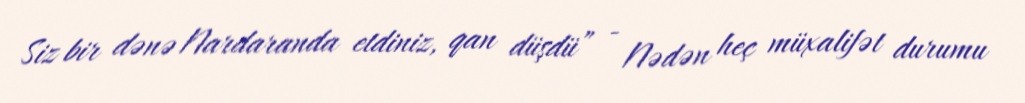
Siz bir dənə Nardaranda etdiniz, qan düşdü” - Nədən heç müxalifət durumu